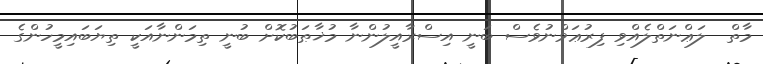
މާތް  ލަޢްނަތްލެއްވި ފިރުޢަވްނުވެސް ބަނީ އިސްރާއީލުންނާ މުޚާޠަބުކޮށް ބުނީ ތިމަންނާއަކީ ތިޔަބައިމީހުންގެ